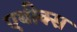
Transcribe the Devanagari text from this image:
एथीक्स